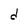
Character: d